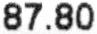
87.80